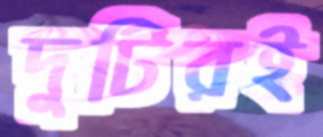
দুটিরই